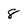
Character: 8